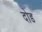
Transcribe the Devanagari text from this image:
दोड